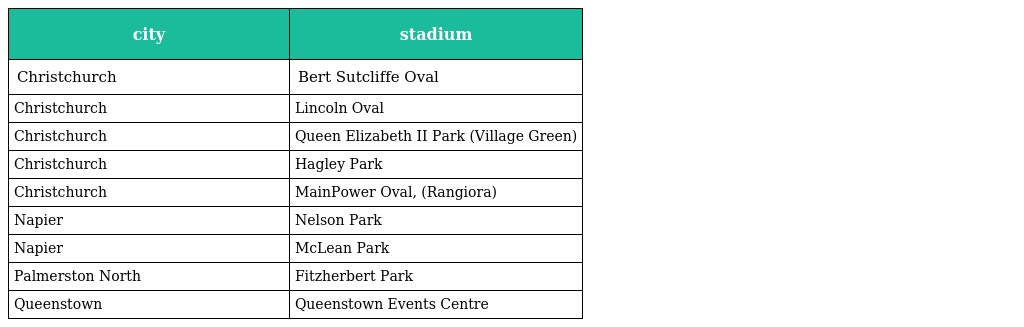
| city | stadium |
 | --- | --- |
 | Christchurch | Bert Sutcliffe Oval |
 | Christchurch | Lincoln Oval |
 | Christchurch | Queen Elizabeth II Park (Village Green) |
 | Christchurch | Hagley Park |
 | Christchurch | MainPower Oval, (Rangiora) |
 | Napier | Nelson Park |
 | Napier | McLean Park |
 | Palmerston North | Fitzherbert Park |
 | Queenstown | Queenstown Events Centre |